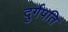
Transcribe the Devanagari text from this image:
दुर्गपति